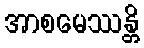
အာစမေဿန္တိ